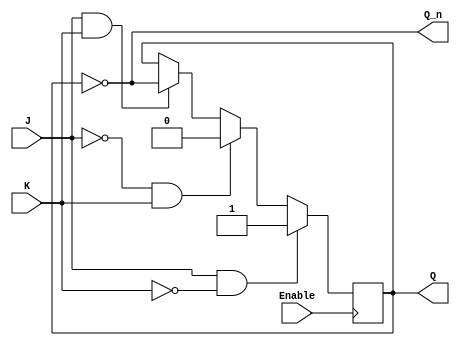
module gated_jk_latch (
    input wire J,          // Set input
    input wire K,          // Reset input
    input wire Enable,     // Control signal
    output reg Q,          // Current state output
    output wire Q_n        // Inverted output
);

    assign Q_n = ~Q; // Inverted output

    always @(posedge Enable) begin
        if (Enable) begin
            if (J && ~K) begin
                Q <= 1;   // Set state
            end else if (~J && K) begin
                Q <= 0;   // Reset state
            end else if (J && K) begin
                Q <= ~Q;  // Toggle state
            end
            // If J = 0 and K = 0, retain previous state (no action)
        end
    end

endmodule